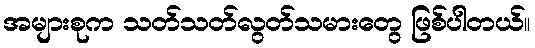
အများစုက သတ်သတ်လွတ်သမားတွေ ဖြစ်ပါတယ်။